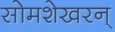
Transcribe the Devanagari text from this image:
सोमशेखरन्